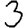
Digit: 3